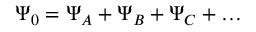
\Psi _ { 0 } = \Psi _ { A } + \Psi _ { B } + \Psi _ { C } + \ldots